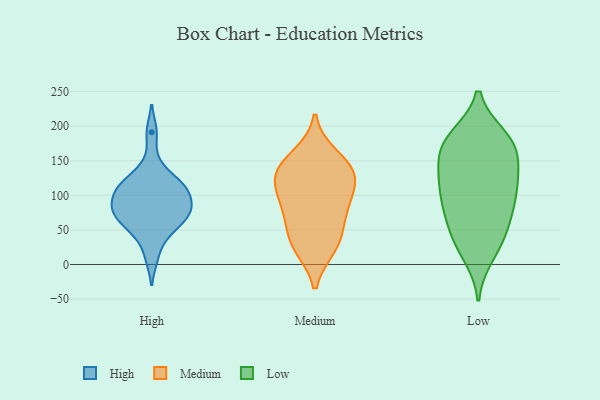
{"axis": {"x": "Customer Acquisition Cost (USD)", "y": "Value"}, "legend": ["High", "Low", "Medium"], "data": [{"x": "", "y": 89, "type": "High"}, {"x": "", "y": 45, "type": "High"}, {"x": "", "y": 70, "type": "High"}, {"x": "", "y": 75, "type": "High"}, {"x": "", "y": 143, "type": "High"}, {"x": "", "y": 115, "type": "High"}, {"x": "", "y": 10, "type": "High"}, {"x": "", "y": 75, "type": "High"}, {"x": "", "y": 117, "type": "High"}, {"x": "", "y": 112, "type": "High"}, {"x": "", "y": 82, "type": "High"}, {"x": "", "y": 107, "type": "High"}, {"x": "", "y": 191, "type": "High"}, {"x": "", "y": 111, "type": "High"}, {"x": "", "y": 48, "type": "High"}, {"x": "", "y": 63, "type": "High"}, {"x": "", "y": 87, "type": "High"}, {"x": "", "y": 130, "type": "Medium"}, {"x": "", "y": 130, "type": "Medium"}, {"x": "", "y": 44, "type": "Medium"}, {"x": "", "y": 156, "type": "Medium"}, {"x": "", "y": 26, "type": "Medium"}, {"x": "", "y": 139, "type": "Medium"}, {"x": "", "y": 87, "type": "Medium"}, {"x": "", "y": 29, "type": "Medium"}, {"x": "", "y": 126, "type": "Medium"}, {"x": "", "y": 93, "type": "Medium"}, {"x": "", "y": 78, "type": "Medium"}, {"x": "", "y": 147, "type": "Low"}, {"x": "", "y": 52, "type": "Low"}, {"x": "", "y": 83, "type": "Low"}, {"x": "", "y": 126, "type": "Low"}, {"x": "", "y": 33, "type": "Low"}, {"x": "", "y": 168, "type": "Low"}, {"x": "", "y": 13, "type": "Low"}, {"x": "", "y": 96, "type": "Low"}, {"x": "", "y": 141, "type": "Low"}, {"x": "", "y": 173, "type": "Low"}, {"x": "", "y": 65, "type": "Low"}, {"x": "", "y": 184, "type": "Low"}, {"x": "", "y": 112, "type": "Low"}, {"x": "", "y": 27, "type": "Low"}, {"x": "", "y": 185, "type": "Low"}, {"x": "", "y": 111, "type": "Low"}, {"x": "", "y": 184, "type": "Low"}, {"x": "", "y": 108, "type": "Low"}, {"x": "", "y": 160, "type": "Low"}, {"x": "", "y": 69, "type": "Low"}]}